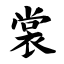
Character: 裳